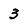
Character: 3